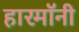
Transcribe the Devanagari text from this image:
हारमॉनी